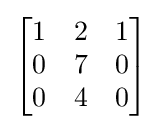
{\begin{bmatrix}1&2&1\\0&7&0\\0&4&0\end{bmatrix}}